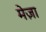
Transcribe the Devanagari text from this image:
मेज़ा